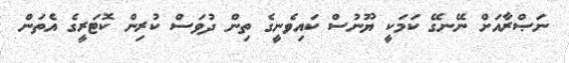
ނަޞްރާއަށް ނޭނގޭ ކަމަކީ ޔޫނުސް ކައިވެނީގެ ތިން ދުވަސް ކުރިން ކޮޓަރީގެ އެތަން